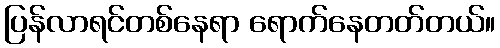
ပြန်လာရင်တစ်နေရာ ရောက်နေတတ်တယ်။